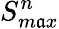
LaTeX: S_{m\mathfrak{a}x}^{n}